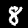
Digit: 8